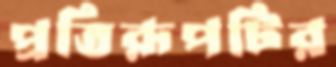
প্রতিরূপটির